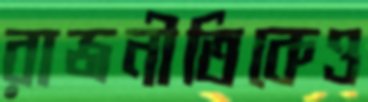
রাজনীতিকেও